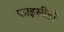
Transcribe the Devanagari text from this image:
फाइसीडी